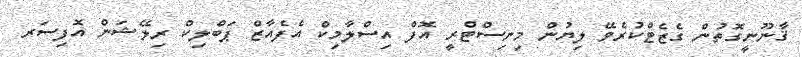
ޤާނޫނީގޮތުން ގެޒެޓްކުރެވޭ ލިޔުން މިނިސްޓްރީ އޮފް އިސްލާމިކް އެފެއާޒް ޕަބްލިކް ރިލޭޝަން އޮފިސަރ